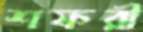
শফরী